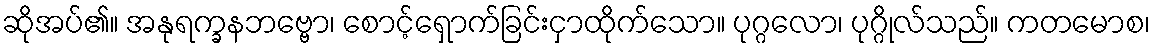
ဆိုအပ်၏။ အနုရက္ခနဘဗ္ဗော၊ စောင့်ရှောက်ခြင်းငှာထိုက်သော။ ပုဂ္ဂလော၊ ပုဂ္ဂိုလ်သည်။ ကတမောစ၊